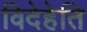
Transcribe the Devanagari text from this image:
विदेहेति